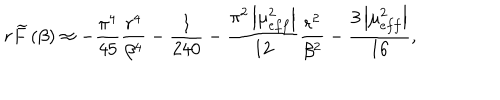
r \widetilde { F } \left( \beta \right) \approx - \frac { \pi ^ { 4 } } { 4 5 } \frac { r ^ { 4 } } { \beta ^ { 4 } } - \frac { 1 } { 2 4 0 } - \frac { \pi ^ { 2 } \left| \mu _ { e f f } ^ { 2 } \right| } { 1 2 } \frac { r ^ { 2 } } { \beta ^ { 2 } } - \frac { 3 \left| \mu _ { e f f } ^ { 2 } \right| } { 1 6 } ,